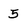
Character: 5